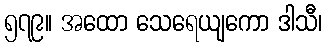
၅၇၉။ အထော သေရေယျကော ဒါသီ၊